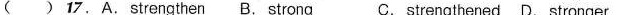
( ) 17.A.Strengthen B. Strong C.strengthened D. Stronger